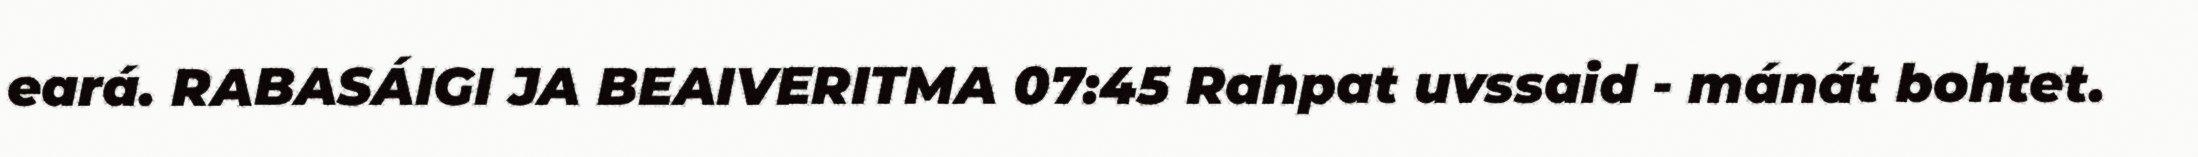
eará. RABASÁIGI JA BEAIVERITMA 07:45 Rahpat uvssaid - mánát bohtet.